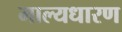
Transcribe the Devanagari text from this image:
माल्यधारण